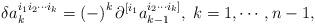
LaTeX: \begin{align*}\delta a_{k}^{i_{1}i_{2}\cdots i_{k}}=\left( -\right) ^{k}\partial^{[i_{1}}a_{k-1}^{i_{2}\cdots i_{k}]},\;k=1,\cdots ,n-1, \end{align*}